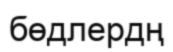
бөдлердң